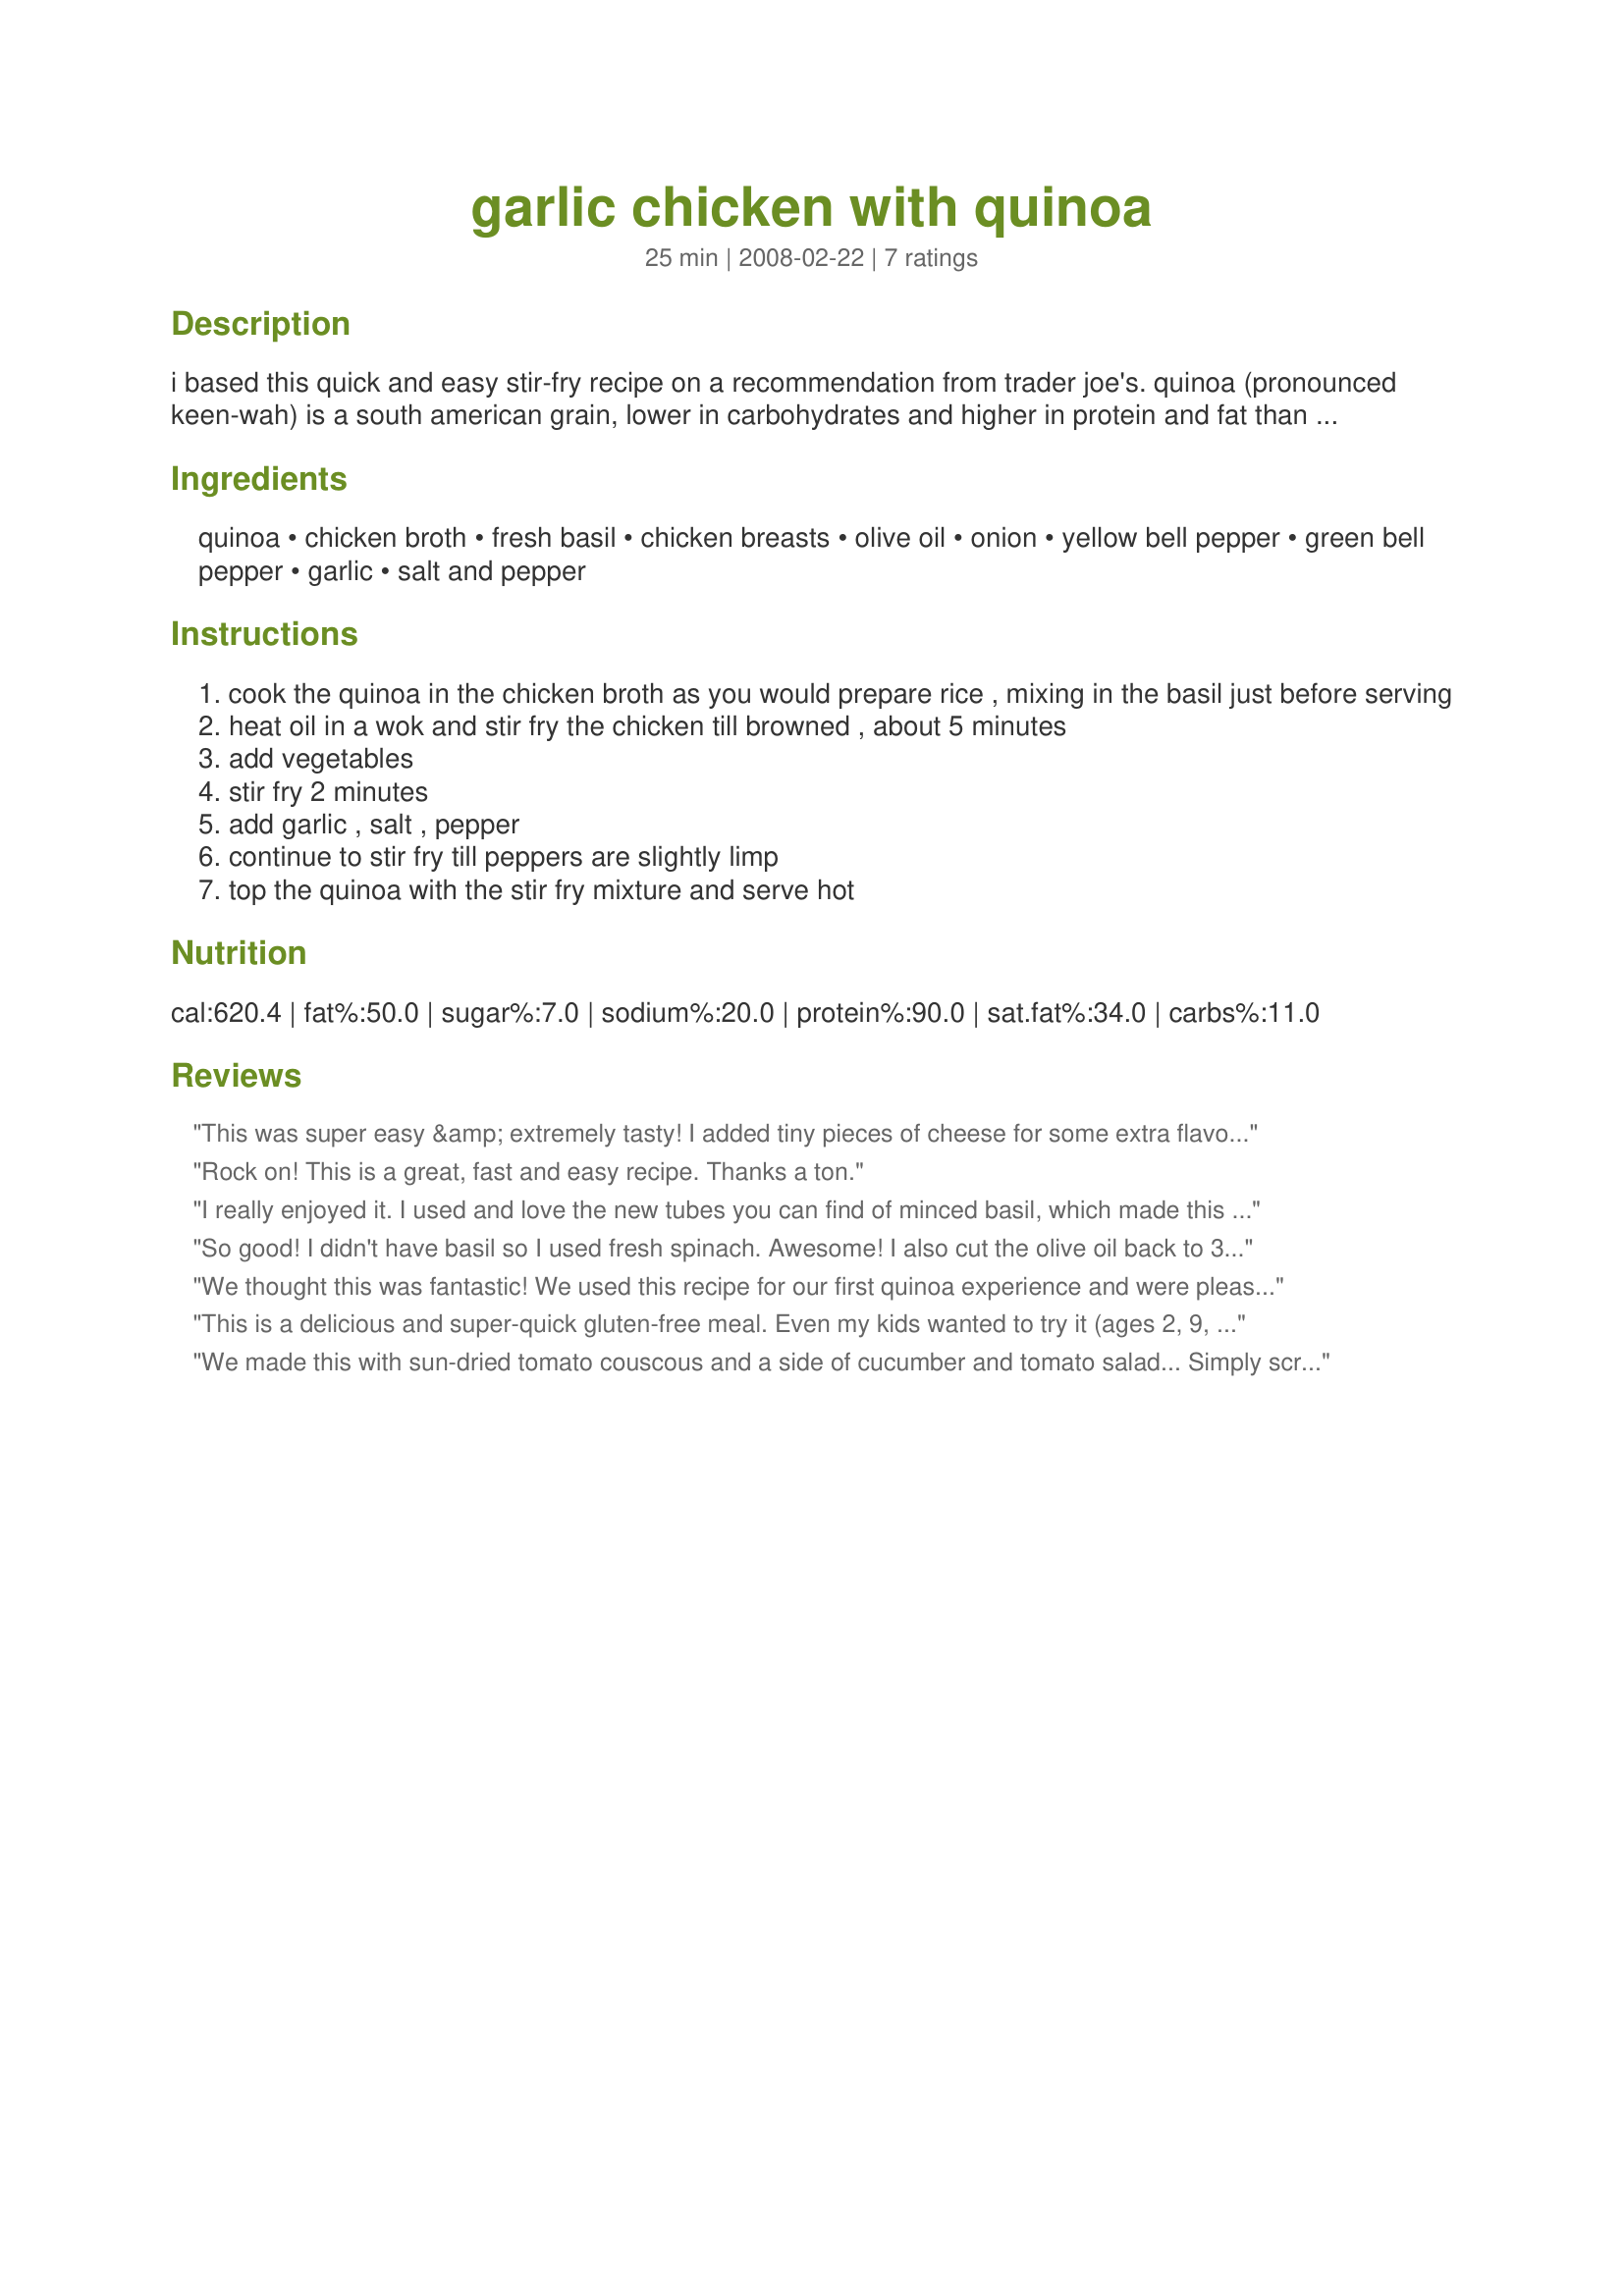
garlic chicken with quinoa
Preparation time: 25 minutes

i based this quick and easy stir-fry recipe on a recommendation from trader joe's. quinoa (pronounced keen-wah) is a south american grain, lower in carbohydrates and higher in protein and fat than white rice.

Ingredients:
quinoa, chicken broth, fresh basil, chicken breasts, olive oil, onion, yellow bell pepper, green bell pepper, garlic, salt and pepper

Steps:
cook the quinoa in the chicken broth as you would prepare rice , mixing in the basil just before serving
heat oil in a wok and stir fry the chicken till browned , about 5 minutes
add vegetables
stir fry 2 minutes
add garlic , salt , pepper
continue to stir fry till peppers are slightly limp
top the quinoa with the stir fry mixture and serve hot

Reviews:
This was super easy &amp; extremely tasty! I added tiny pieces of cheese for some extra flavour. Turned out amazing! Healthy never tasted this good ;)
Rock on! This is a great, fast and easy recipe. Thanks a ton.
I really enjoyed it. I used and love the new tubes you can find of minced basil, which made this a bigger cinch to put together. The flavors were great, and it was a different way of using quinoa. Thank you for sharing.
So good! I didn't have basil so I used fresh spinach. Awesome! I also cut the olive oil back to 3T. I will make again! Want to try it with the basil.
We thought this was fantastic! We used this recipe for our first quinoa experience and were pleasently surprised. We used veggie broth instead of chicken and instead of fresh peppers we used slightly thawed frozen stir fry mix. Everything blended well together. Our chicken did leave quite a bit of juice in the pan but we just used a slotted spoon. Thanks for sharing!
This is a delicious and super-quick gluten-free meal. Even my kids wanted to try it (ages 2, 9, and 11), and said they liked it (but not like mac & cheese of course). I made it a bit more child-friendly by substituting chicken breast for canned chicken, sweet red & yellow peppers for green, and dried seasonings for fresh. Kids are never too crazy about cooked onions or peppers, although mine do love garlic, and onion powder is easier for them than the texture of cooked onions, so you achieve the flavors without the slime and pungent kick. Cooking the quinoa in a rice cooker frees up your time, too.<br/><br/>The only suggestions I have is that it seems to be missing a little something and also needs more sauciness for the dryish quinoa. I threw in some baby lima beans and that seemed to help, even if it was still kind of dry.<br/><br/>In spite of that, it tasted scrumptious, was filling, there were no leftovers, and my husband said he liked it, too.<br/><br/>BTW, quinoa is perfect for sneaking in some nutritious hulled hemp seed if you are after a protein boost. I added in a tablespoon to this recipe and no one was the wiser. You can find this powerhouse seed online, through amazon, at your local food coop, or at a health food store.
We made this with sun-dried tomato couscous and a side of cucumber and tomato salad... Simply scrumptious!!! :-D
